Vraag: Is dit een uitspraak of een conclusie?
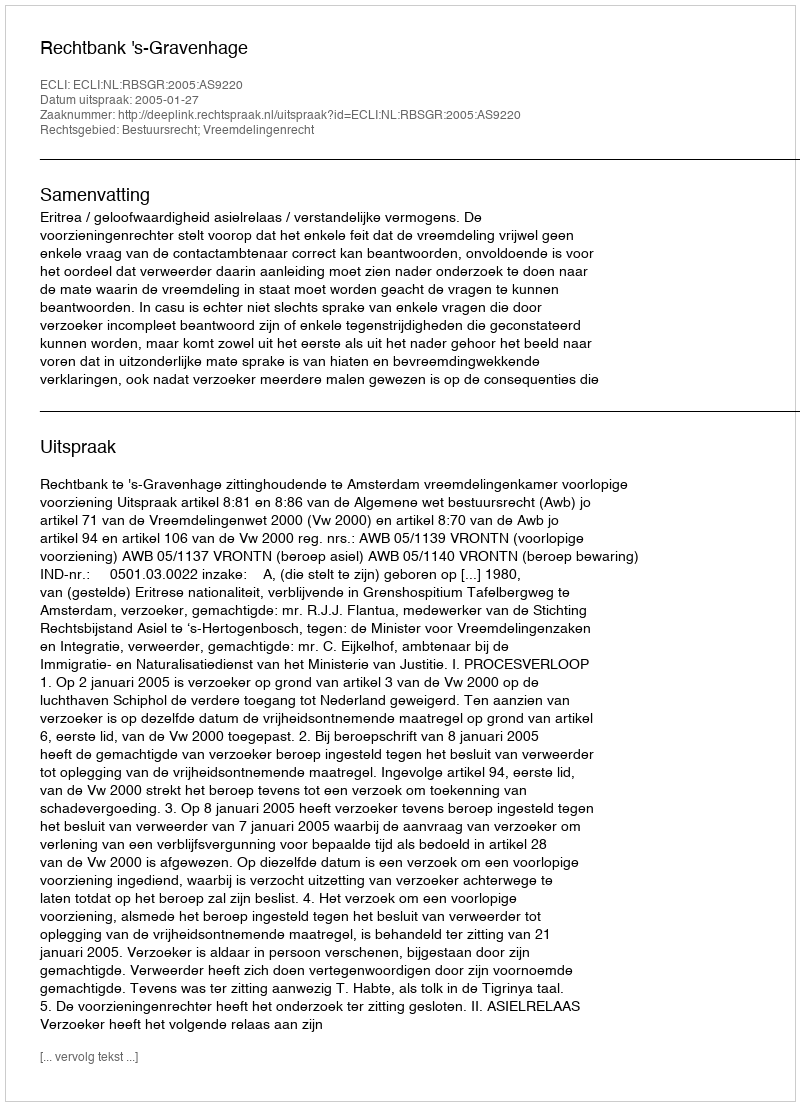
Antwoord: Uitspraak